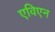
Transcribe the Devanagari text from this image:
एविएन